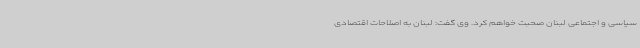
سیاسی و اجتماعی لبنان صحبت خواهم کرد. وی گفت: لبنان به اصلاحات اقتصادی